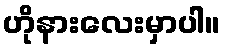
ဟိုနားလေးမှာပါ။